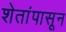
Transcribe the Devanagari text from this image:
शेतांपासून